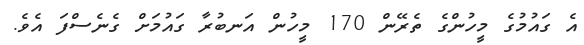
އެ ގައުމުގެ މީހުންގެ ތެރޭން 170 މީހުން އަނބުރާ ގައުމަށް ގެނެސްފަ އެވެ.